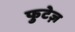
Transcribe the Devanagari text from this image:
फुटेज़